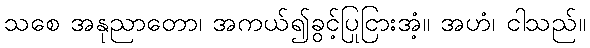
သစေ အနုညာတော၊ အကယ်၍ခွင့်ပြုငြားအံ့။ အဟံ၊ ငါသည်။